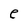
Character: e